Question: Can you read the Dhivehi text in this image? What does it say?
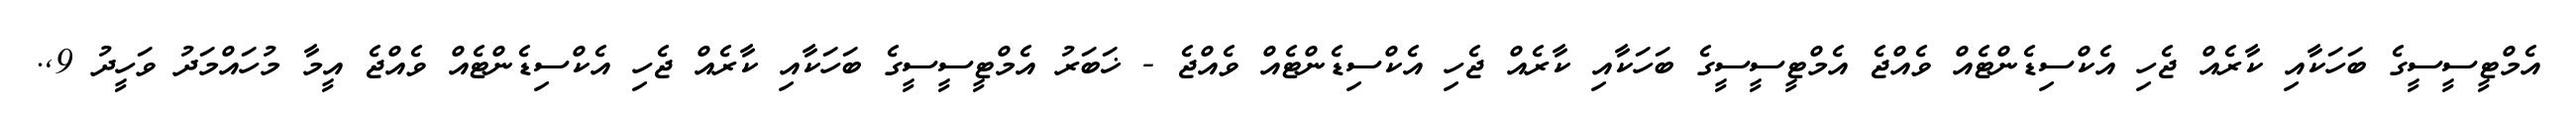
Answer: އެމްޓީސީސީގެ ބަހަކާއި ކާރެއް ޖެހި އެކްސިޑެންޓެއް ވެއްޖެ އެމްޓީސީސީގެ ބަހަކާއި ކާރެއް ޖެހި އެކްސިޑެންޓެއް ވެއްޖެ - ޚަބަރު އެމްޓީސީސީގެ ބަހަކާއި ކާރެއް ޖެހި އެކްސިޑެންޓެއް ވެއްޖެ އީމާ މުހައްމަދު ވަހީދު 9,.